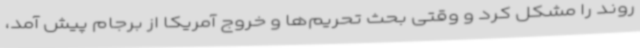
روند را مشکل کرد و وقتی بحث تحریم‌ها و خروج آمریکا از برجام پیش آمد،